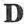
D